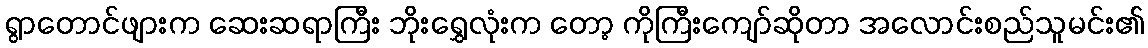
ရွာတောင်ဖျားက ဆေးဆရာကြီး ဘိုးရွှေလုံးက တော့ ကိုကြီးကျော်ဆိုတာ အလောင်းစည်သူမင်း၏